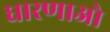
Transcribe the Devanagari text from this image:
धारणाओ